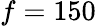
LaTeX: f=150